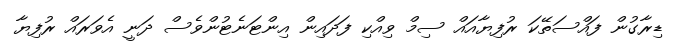
ޑިރާގުން ފައްސަތޭކަ ރުފިޔާއައް ސިމް ވިއްކި ފަދައިން އިންޓަނެޓުންވެސް ދަނީ އެވަރައް ރުފިޔާ